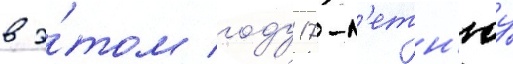
в э́том году 17-л'етн'юу